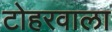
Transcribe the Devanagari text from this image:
टोहरवाला